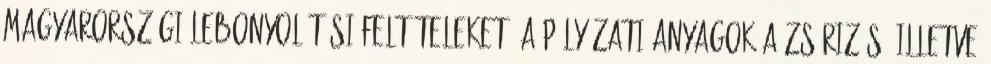
magyarországi lebonyolítási feltételeket. A pályázati anyagok a zsűrizés, illetve